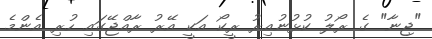
"ޖިނާ" ގެ ރޯލު ކުޅުނުއިރު ރީކޯ އަކީ އޭރު ރާއްޖޭގައި ހުރި އެންމެ